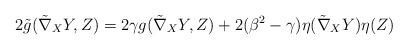
LaTeX: \begin{align*}2\tilde{g}(\tilde{\nabla}_{X}Y,Z)=2\gamma g(\tilde{\nabla}_{X}Y,Z)+2(\beta^{2}-\gamma )\eta (\tilde{\nabla}_{X}Y)\eta (Z) \end{align*}